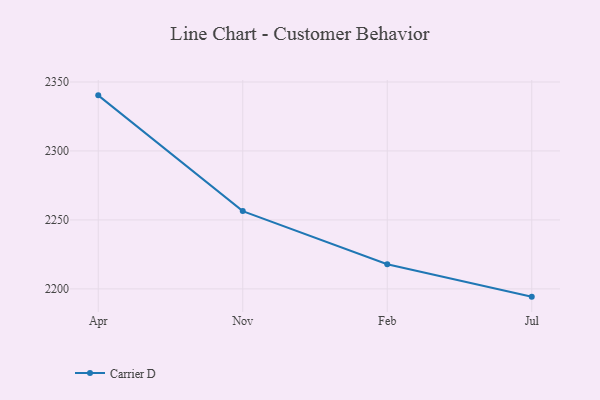
{"axis": {"x": "Month", "y": "Inventory Turnover"}, "legend": ["Carrier D"], "data": [{"x": "Apr", "y": 2340.3, "type": "Carrier D"}, {"x": "Nov", "y": 2256.4, "type": "Carrier D"}, {"x": "Feb", "y": 2217.9, "type": "Carrier D"}, {"x": "Jul", "y": 2194.4, "type": "Carrier D"}]}